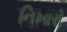
નિખારો